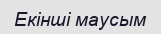
Екінші маусым